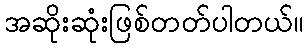
အဆိုးဆုံးဖြစ်တတ်ပါတယ်။